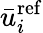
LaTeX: {\bar{u}_{i}^{\mathrm{{ref}}}}